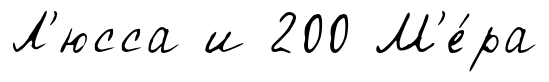
Л'юсса и 200 М'е́ра